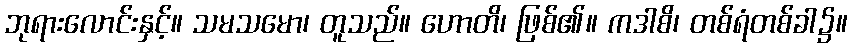
ဘုရားလောင်းနှင့်။ သမသမော၊ တူသည်။ ဟောတိ၊ ဖြစ်၏။ ကဒါစိ၊ တစ်ရံတစ်ခါ၌။